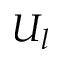
U _ { l }